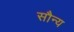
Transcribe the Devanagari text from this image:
सौन्य